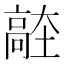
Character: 𱅼